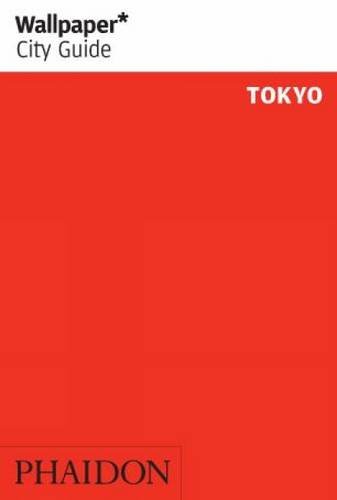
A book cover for Wallpaper* City Guide Tokyo 2015; Travel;